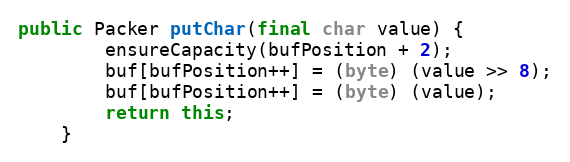
Language: Java
public Packer putChar(final char value) {
		ensureCapacity(bufPosition + 2);
		buf[bufPosition++] = (byte) (value >> 8);
		buf[bufPosition++] = (byte) (value);
		return this;
	}